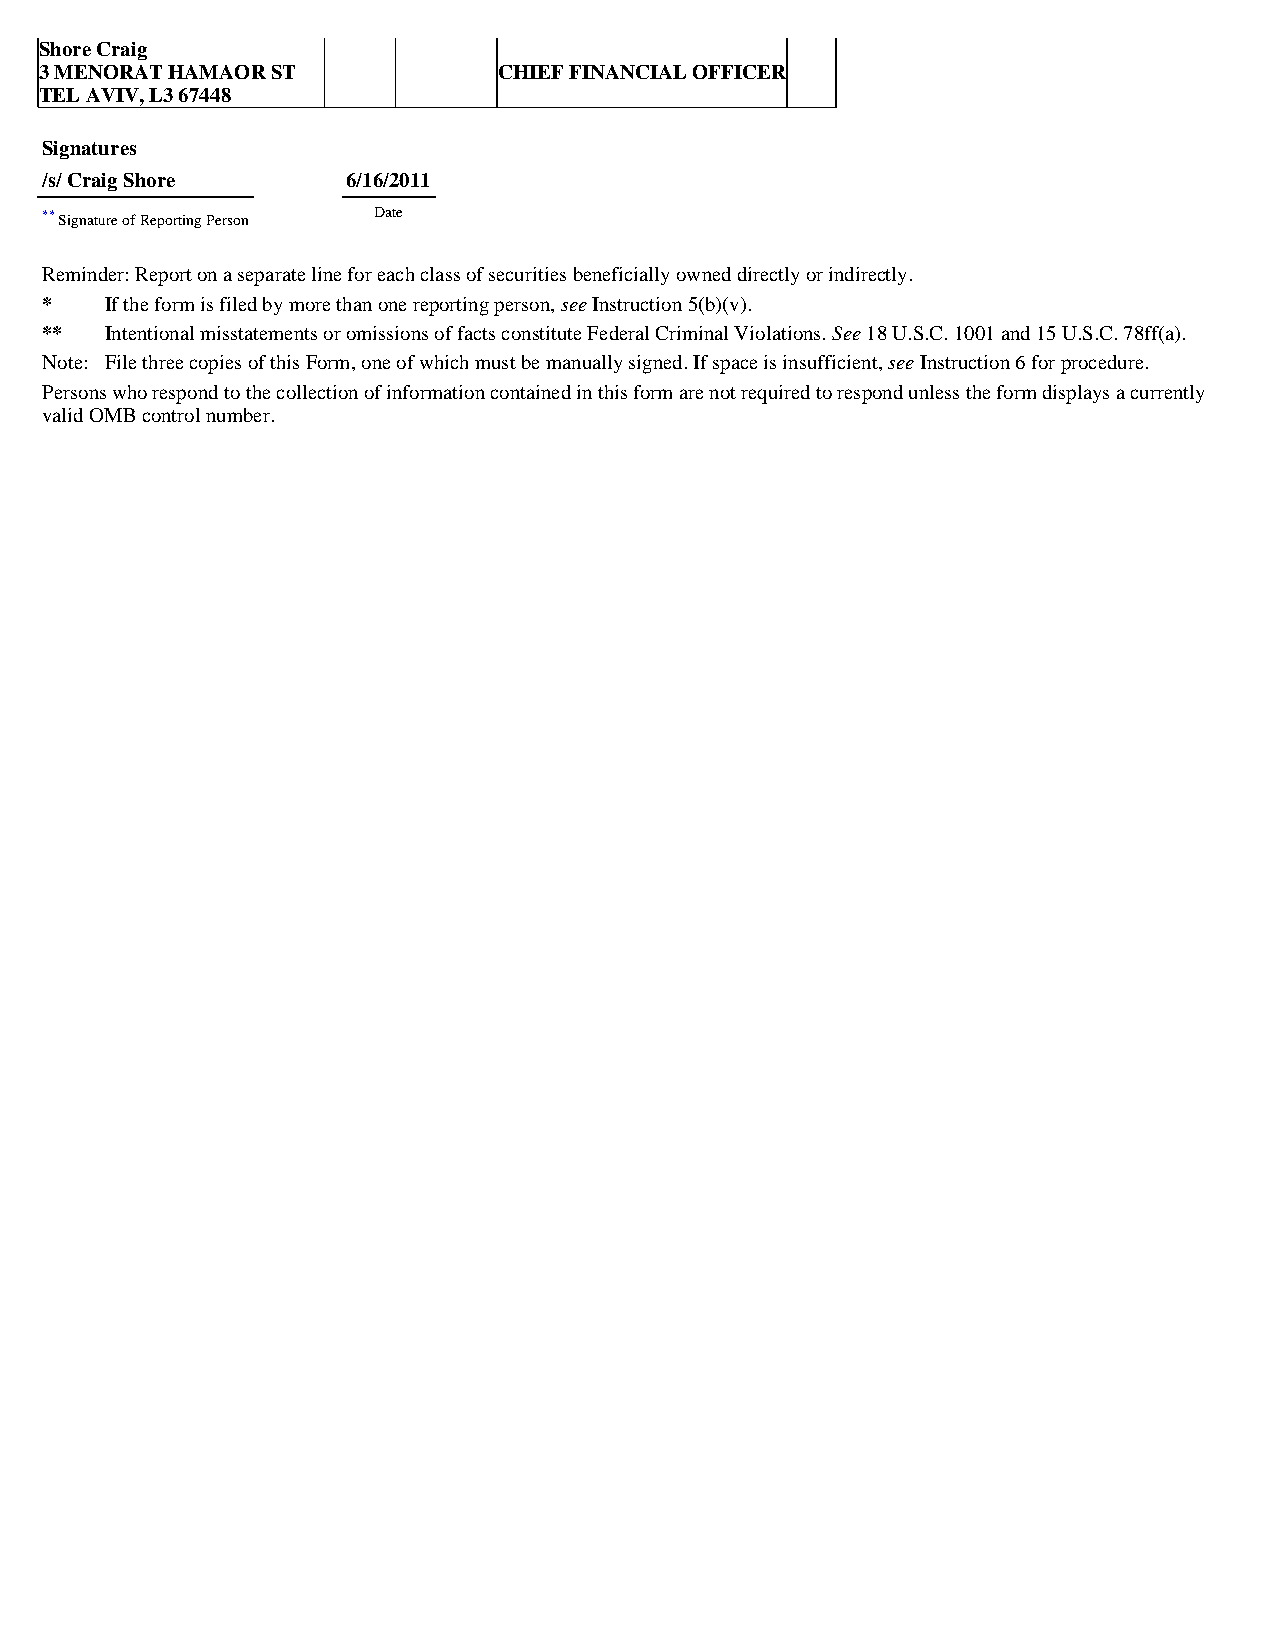
Shore Craig
 3 MENORAT HAMAOR ST           CHIEF FINANCIAL OFFICER
 TEL AVIV, L3 67448
 Signatures
 /s/ Craig Shore     6/16/2011
 ** Signature of Reporting Person Date
 Reminder: Report on a separate line for each class of securities beneficially owned directly or indirectly.
 *   If the form is filed by more than one reporting person, see Instruction 5(b)(v).
 **  Intentional misstatements or omissions of facts constitute Federal Criminal Violations. See 18 U.S.C. 1001 and 15 U.S.C. 78ff(a).
 Note: File three copies of this Form, one of which must be manually signed. If space is insufficient, see Instruction 6 for procedure.
 Persons who respond to the collection of information contained in this form are not required to respond unless the form displays a currently
 valid OMB control number.